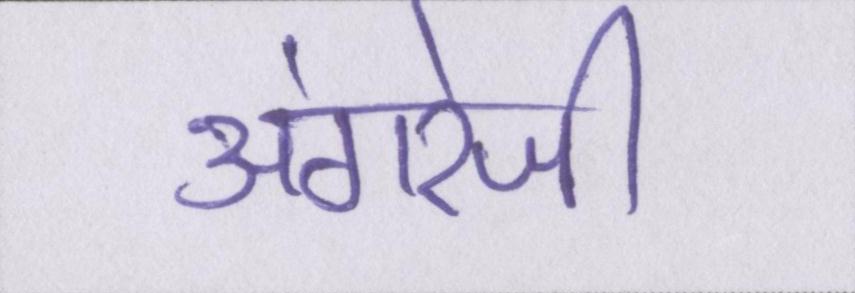
अंगरेजी